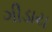
ગીડાય